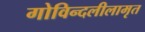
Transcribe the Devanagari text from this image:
गोविन्दलीलामृत